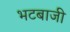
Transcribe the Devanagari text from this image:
भटबाजी